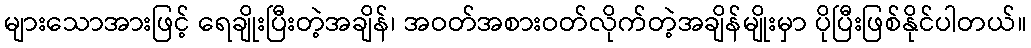
များသောအားဖြင့် ရေချိုးပြီးတဲ့အချိန်၊ အဝတ်အစားဝတ်လိုက်တဲ့အချိန်မျိုးမှာ ပိုပြီးဖြစ်နိုင်ပါတယ်။